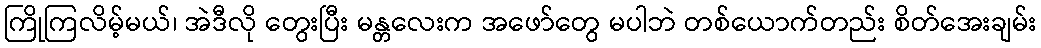
ကြိုကြလိမ့်မယ်၊ အဲဒီလို တွေးပြီး မန္တလေးက အဖော်တွေ မပါဘဲ တစ်ယောက်တည်း စိတ်အေးချမ်း